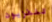
تلفزيون